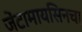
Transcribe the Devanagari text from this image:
जेंटामायसिनचा